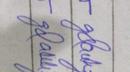
Signature authenticity: forged